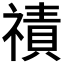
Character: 𮂒